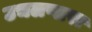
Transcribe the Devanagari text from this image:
उचलणारा